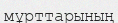
мұрттарының